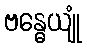
ဗန္ဓေယျုံ